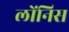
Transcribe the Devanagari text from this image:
लोंनिस